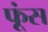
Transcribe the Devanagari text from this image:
फूंस